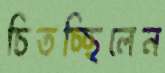
চিতচ্ছিলেন